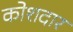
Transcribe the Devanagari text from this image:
कोशदार